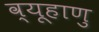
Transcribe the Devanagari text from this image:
व्यूहाणु